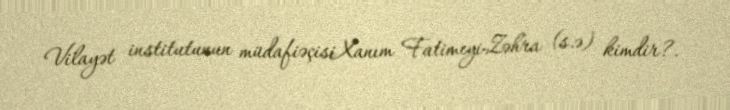
Vilayət institutunun müdafiəçisiXanım Fatimeyi-Zəhra (s.ə) kimdir?.